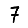
Digit: 7